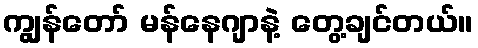
ကျွန်တော် မန်နေဂျာနဲ့ တွေ့ချင်တယ်။